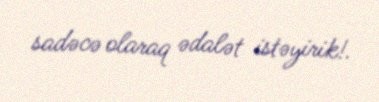
sadəcə olaraq ədalət istəyirik!.